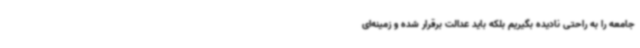
جامعه را به راحتی نادیده بگیریم بلکه باید عدالت برقرار شده و زمینه‌ای